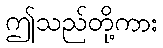
ဤသည်တို့ကား